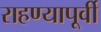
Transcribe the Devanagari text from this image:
राहण्यापूर्वी